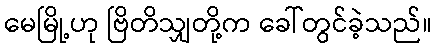
မေမြို့ဟု ဗြိတိသျှတို့က ခေါ်တွင်ခဲ့သည်။